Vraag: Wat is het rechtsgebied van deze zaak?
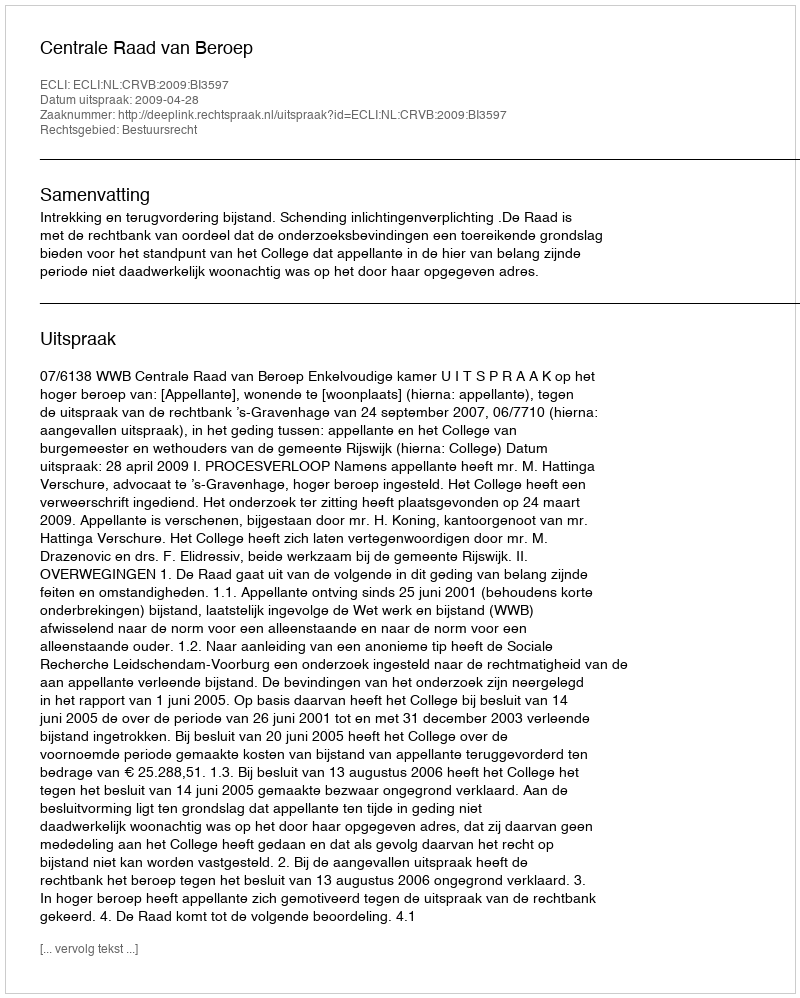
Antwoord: Bestuursrecht